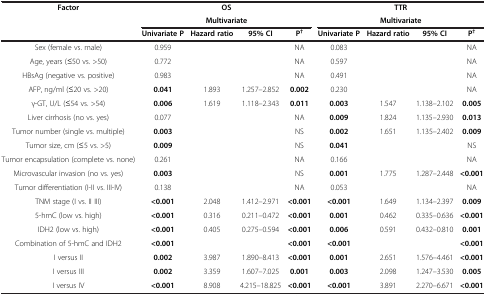
<table><thead><tr><td rowspan="3"><b>Factor</b></td><td colspan="4"><b>OS</b></td><td colspan="4"><b>TTR</b></td></tr><tr><td colspan="4"><b>Multivariate</b></td><td colspan="4"><b>Multivariate</b></td></tr><tr><td><b>Univariate P</b></td><td><b>Hazard ratio</b></td><td><b>95% CI</b></td><td><b>P<sup>†</sup></b></td><td><b>Univariate P</b></td><td><b>Hazard ratio</b></td><td><b>95% CI</b></td><td><b>P<sup>†</sup></b></td></tr></thead><tbody><tr><td>Sex (female vs. male)</td><td>0.959</td><td> </td><td> </td><td>NA</td><td>0.083</td><td> </td><td> </td><td>NA</td></tr><tr><td>Age, years (≤50 vs. &gt;50)</td><td>0.772</td><td> </td><td> </td><td>NA</td><td>0.597</td><td> </td><td> </td><td>NA</td></tr><tr><td>HBsAg (negative vs. positive)</td><td>0.983</td><td> </td><td> </td><td>NA</td><td>0.491</td><td> </td><td> </td><td>NA</td></tr><tr><td>AFP, ng/ml (≤20 vs. &gt;20)</td><td><b>0.041</b></td><td>1.893</td><td>1.257–2.852</td><td><b>0.002</b></td><td>0.230</td><td> </td><td> </td><td>NA</td></tr><tr><td>γ-GT, U/L (≤54 vs. &gt;54)</td><td><b>0.006</b></td><td>1.619</td><td>1.118–2.343</td><td><b>0.011</b></td><td><b>0.003</b></td><td>1.547</td><td>1.138–2.102</td><td><b>0.005</b></td></tr><tr><td>Liver cirrhosis (no vs. yes)</td><td>0.077</td><td> </td><td> </td><td>NA</td><td><b>0.009</b></td><td>1.824</td><td>1.135–2.930</td><td><b>0.013</b></td></tr><tr><td>Tumor number (single vs. multiple)</td><td><b>0.003</b></td><td> </td><td> </td><td>NS</td><td><b>0.002</b></td><td>1.651</td><td>1.135–2.402</td><td><b>0.009</b></td></tr><tr><td>Tumor size, cm (≤5 vs. &gt;5)</td><td><b>0.009</b></td><td> </td><td> </td><td>NS</td><td><b>0.041</b></td><td> </td><td> </td><td>NS</td></tr><tr><td>Tumor encapsulation (complete vs. none)</td><td>0.261</td><td> </td><td> </td><td>NA</td><td>0.166</td><td> </td><td> </td><td>NA</td></tr><tr><td>Microvascular invasion (no vs. yes)</td><td><b>0.003</b></td><td> </td><td> </td><td>NS</td><td><b>0.001</b></td><td>1.775</td><td>1.287–2.448</td><td><b>&lt;0.001</b></td></tr><tr><td>Tumor differentiation (I-II vs. III-IV)</td><td>0.138</td><td> </td><td> </td><td>NA</td><td>0.053</td><td> </td><td> </td><td>NA</td></tr><tr><td>TNM stage (I vs. II III)</td><td><b>&lt;0.001</b></td><td>2.048</td><td>1.412–2.971</td><td><b>&lt;0.001</b></td><td><b>&lt;0.001</b></td><td>1.649</td><td>1.134–2.397</td><td><b>0.009</b></td></tr><tr><td>5-hmC (low vs. high)</td><td><b>&lt;0.001</b></td><td>0.316</td><td>0.211–0.472</td><td><b>&lt;0.001</b></td><td><b>0.001</b></td><td>0.462</td><td>0.335–0.636</td><td><b>&lt;0.001</b></td></tr><tr><td>IDH2 (low vs. high)</td><td><b>&lt;0.001</b></td><td>0.405</td><td>0.275–0.594</td><td><b>&lt;0.001</b></td><td><b>0.006</b></td><td>0.591</td><td>0.432–0.810</td><td><b>0.001</b></td></tr><tr><td>Combination of 5-hmC and IDH2</td><td><b>&lt;0.001</b></td><td> </td><td> </td><td><b>&lt;0.001</b></td><td><b>&lt;0.001</b></td><td> </td><td> </td><td><b>&lt;0.001</b></td></tr><tr><td>I versus II</td><td><b>0.002</b></td><td>3.987</td><td>1.890–8.413</td><td><b>&lt;0.001</b></td><td><b>0.001</b></td><td>2.651</td><td>1.576–4.461</td><td><b>&lt;0.001</b></td></tr><tr><td>I versus III</td><td><b>0.002</b></td><td>3.359</td><td>1.607–7.025</td><td><b>0.001</b></td><td><b>0.003</b></td><td>2.098</td><td>1.247–3.530</td><td><b>0.005</b></td></tr><tr><td>I versus IV</td><td><b>&lt;0.001</b></td><td>8.908</td><td>4.215–18.825</td><td><b>&lt;0.001</b></td><td><b>&lt;0.001</b></td><td>3.891</td><td>2.270–6.671</td><td><b>&lt;0.001</b></td></tr></tbody></table>